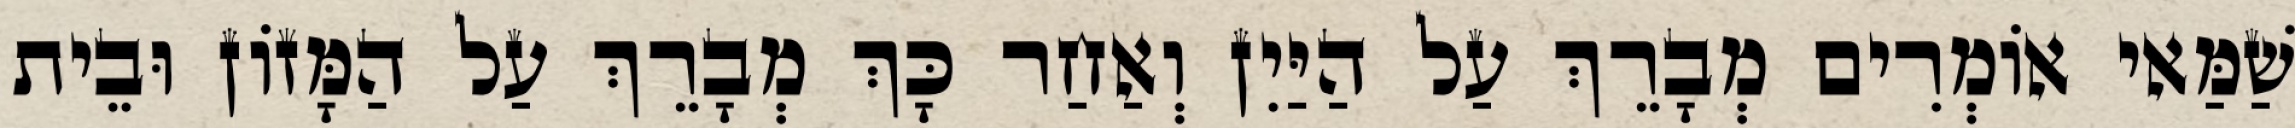
שַׁמַּאי אוֹמְרִים מְבָרֵךְ עַל הַיַּיִן וְאַחַר כָּךְ מְבָרֵךְ עַל הַמָּזוֹן וּבֵית